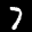
Label: 7